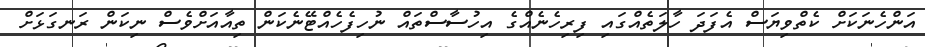
އަންހެނަކަށް ކެތްވިޔަސް އެފަދަ ހާލަތެއްގައި ފިރިހެނެއްގެ އިހުސާސްތައް ނުހިފެހެއްޓޭނެކަން ތިއާއަށްވެސް ނިކަން ރަނގަޅަށް